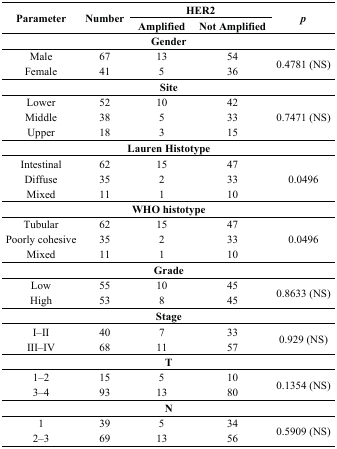
| <ROWSPAN=2> Parameter | <ROWSPAN=2> Number | <COLSPAN=2> HER2 | <ROWSPAN=2> p |
 | Amplified | Not Amplified |
 | --- | --- | --- | --- | --- |
 | <COLSPAN=5> Gender |
 | Male | 67 | 13 | 54 | <ROWSPAN=2> 0.4781 (NS) |
 | Female | 41 | 5 | 36 |
 | <COLSPAN=5> Site |
 | Lower | 52 | 10 | 42 | <ROWSPAN=3> 0.7471 (NS) |
 | Middle | 38 | 5 | 33 |
 | Upper | 18 | 3 | 15 |
 | <COLSPAN=5> Lauren Histotype |
 | Intestinal | 62 | 15 | 47 | <ROWSPAN=3> 0.0496 |
 | Diffuse | 35 | 2 | 33 |
 | Mixed | 11 | 1 | 10 |
 | <COLSPAN=5> WHO histotype |
 | Tubular | 62 | 15 | 47 | <ROWSPAN=3> 0.0496 |
 | Poorly cohesive | 35 | 2 | 33 |
 | Mixed | 11 | 1 | 10 |
 | <COLSPAN=5> Grade |
 | Low | 55 | 10 | 45 | <ROWSPAN=2> 0.8633 (NS) |
 | High | 53 | 8 | 45 |
 | <COLSPAN=5> Stage |
 | I–II | 40 | 7 | 33 | <ROWSPAN=2> 0.929 (NS) |
 | III–IV | 68 | 11 | 57 |
 | <COLSPAN=5> T |
 | 1–2 | 15 | 5 | 10 | <ROWSPAN=2> 0.1354 (NS) |
 | 3–4 | 93 | 13 | 80 |
 | <COLSPAN=5> N |
 | 1 | 39 | 5 | 34 | <ROWSPAN=2> 0.5909 (NS) |
 | 2–3 | 69 | 13 | 56 |